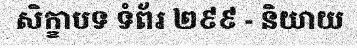
សិក្ខាបទ ទំព័រ ២៩៩ - និយាយ